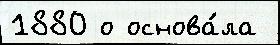
1880 о основа́ла